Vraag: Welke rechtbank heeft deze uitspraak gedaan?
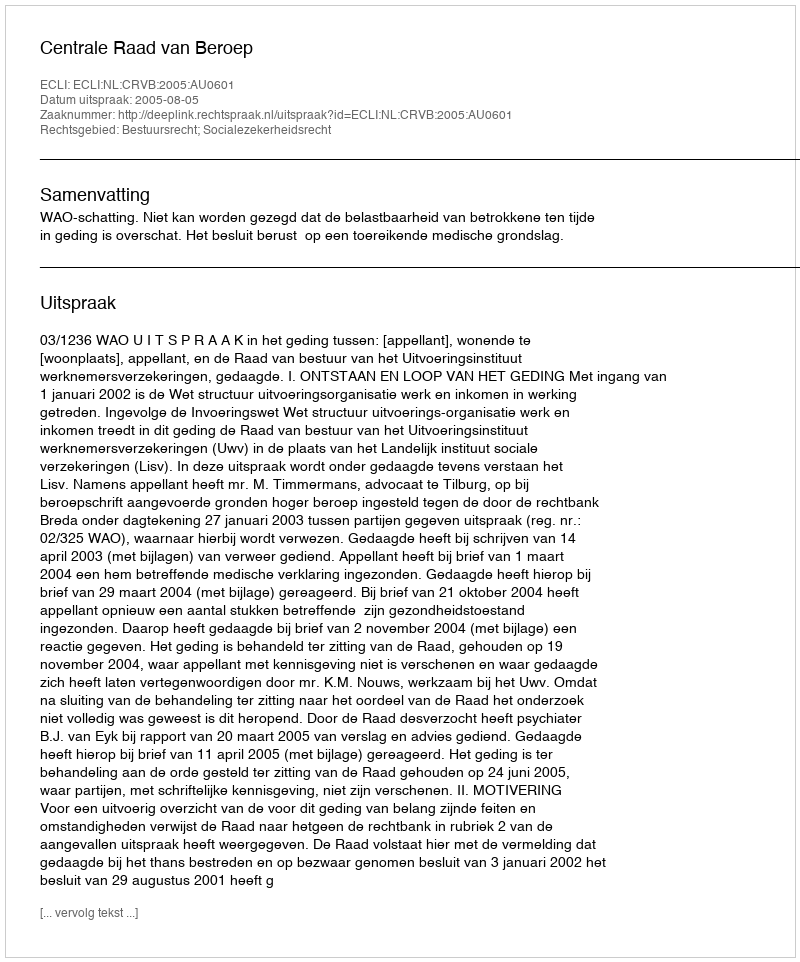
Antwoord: Centrale Raad van Beroep